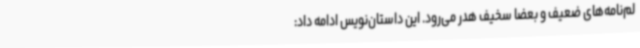
لم‌نامه‌های ضعیف و بعضا سخیف هدر می‌رود. این داستان‌نویس ادامه داد: